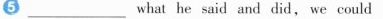
________what he said and did, we could